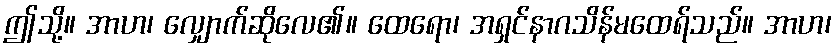
ဤသို့။ အာဟ၊ လျှောက်ဆိုလေ၏။ ထေရော၊ အရှင်နာဂသိန်မထေရ်သည်။ အာဟ၊